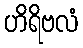
ဟိရိဗလံ